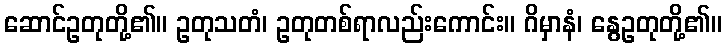
ဆောင်ဥတုတို့၏။ ဥတုသတံ၊ ဥတုတစ်ရာလည်းကောင်း။ ဂိမှာနံ၊ နွေဥတုတို့၏။